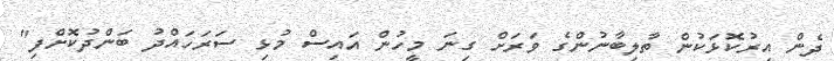
ދެން އިރުކޮޅަކުން ތާލިބާނުންގެ ވަރަށް ގިނަ މީހުން އައިސް މުޅި ސަރަހައްދު ބަންދުކޮށްފި"